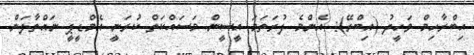
އިބްރާހިމް ވަހީދު (އިބްރޭ): އެންމެ ފުރަތަމަ އީސީން މަސައްކަތް ކުރަނީ އެމްޑީޕީ ނައްތާލަން.